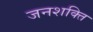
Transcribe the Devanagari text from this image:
जनशक्‍ति